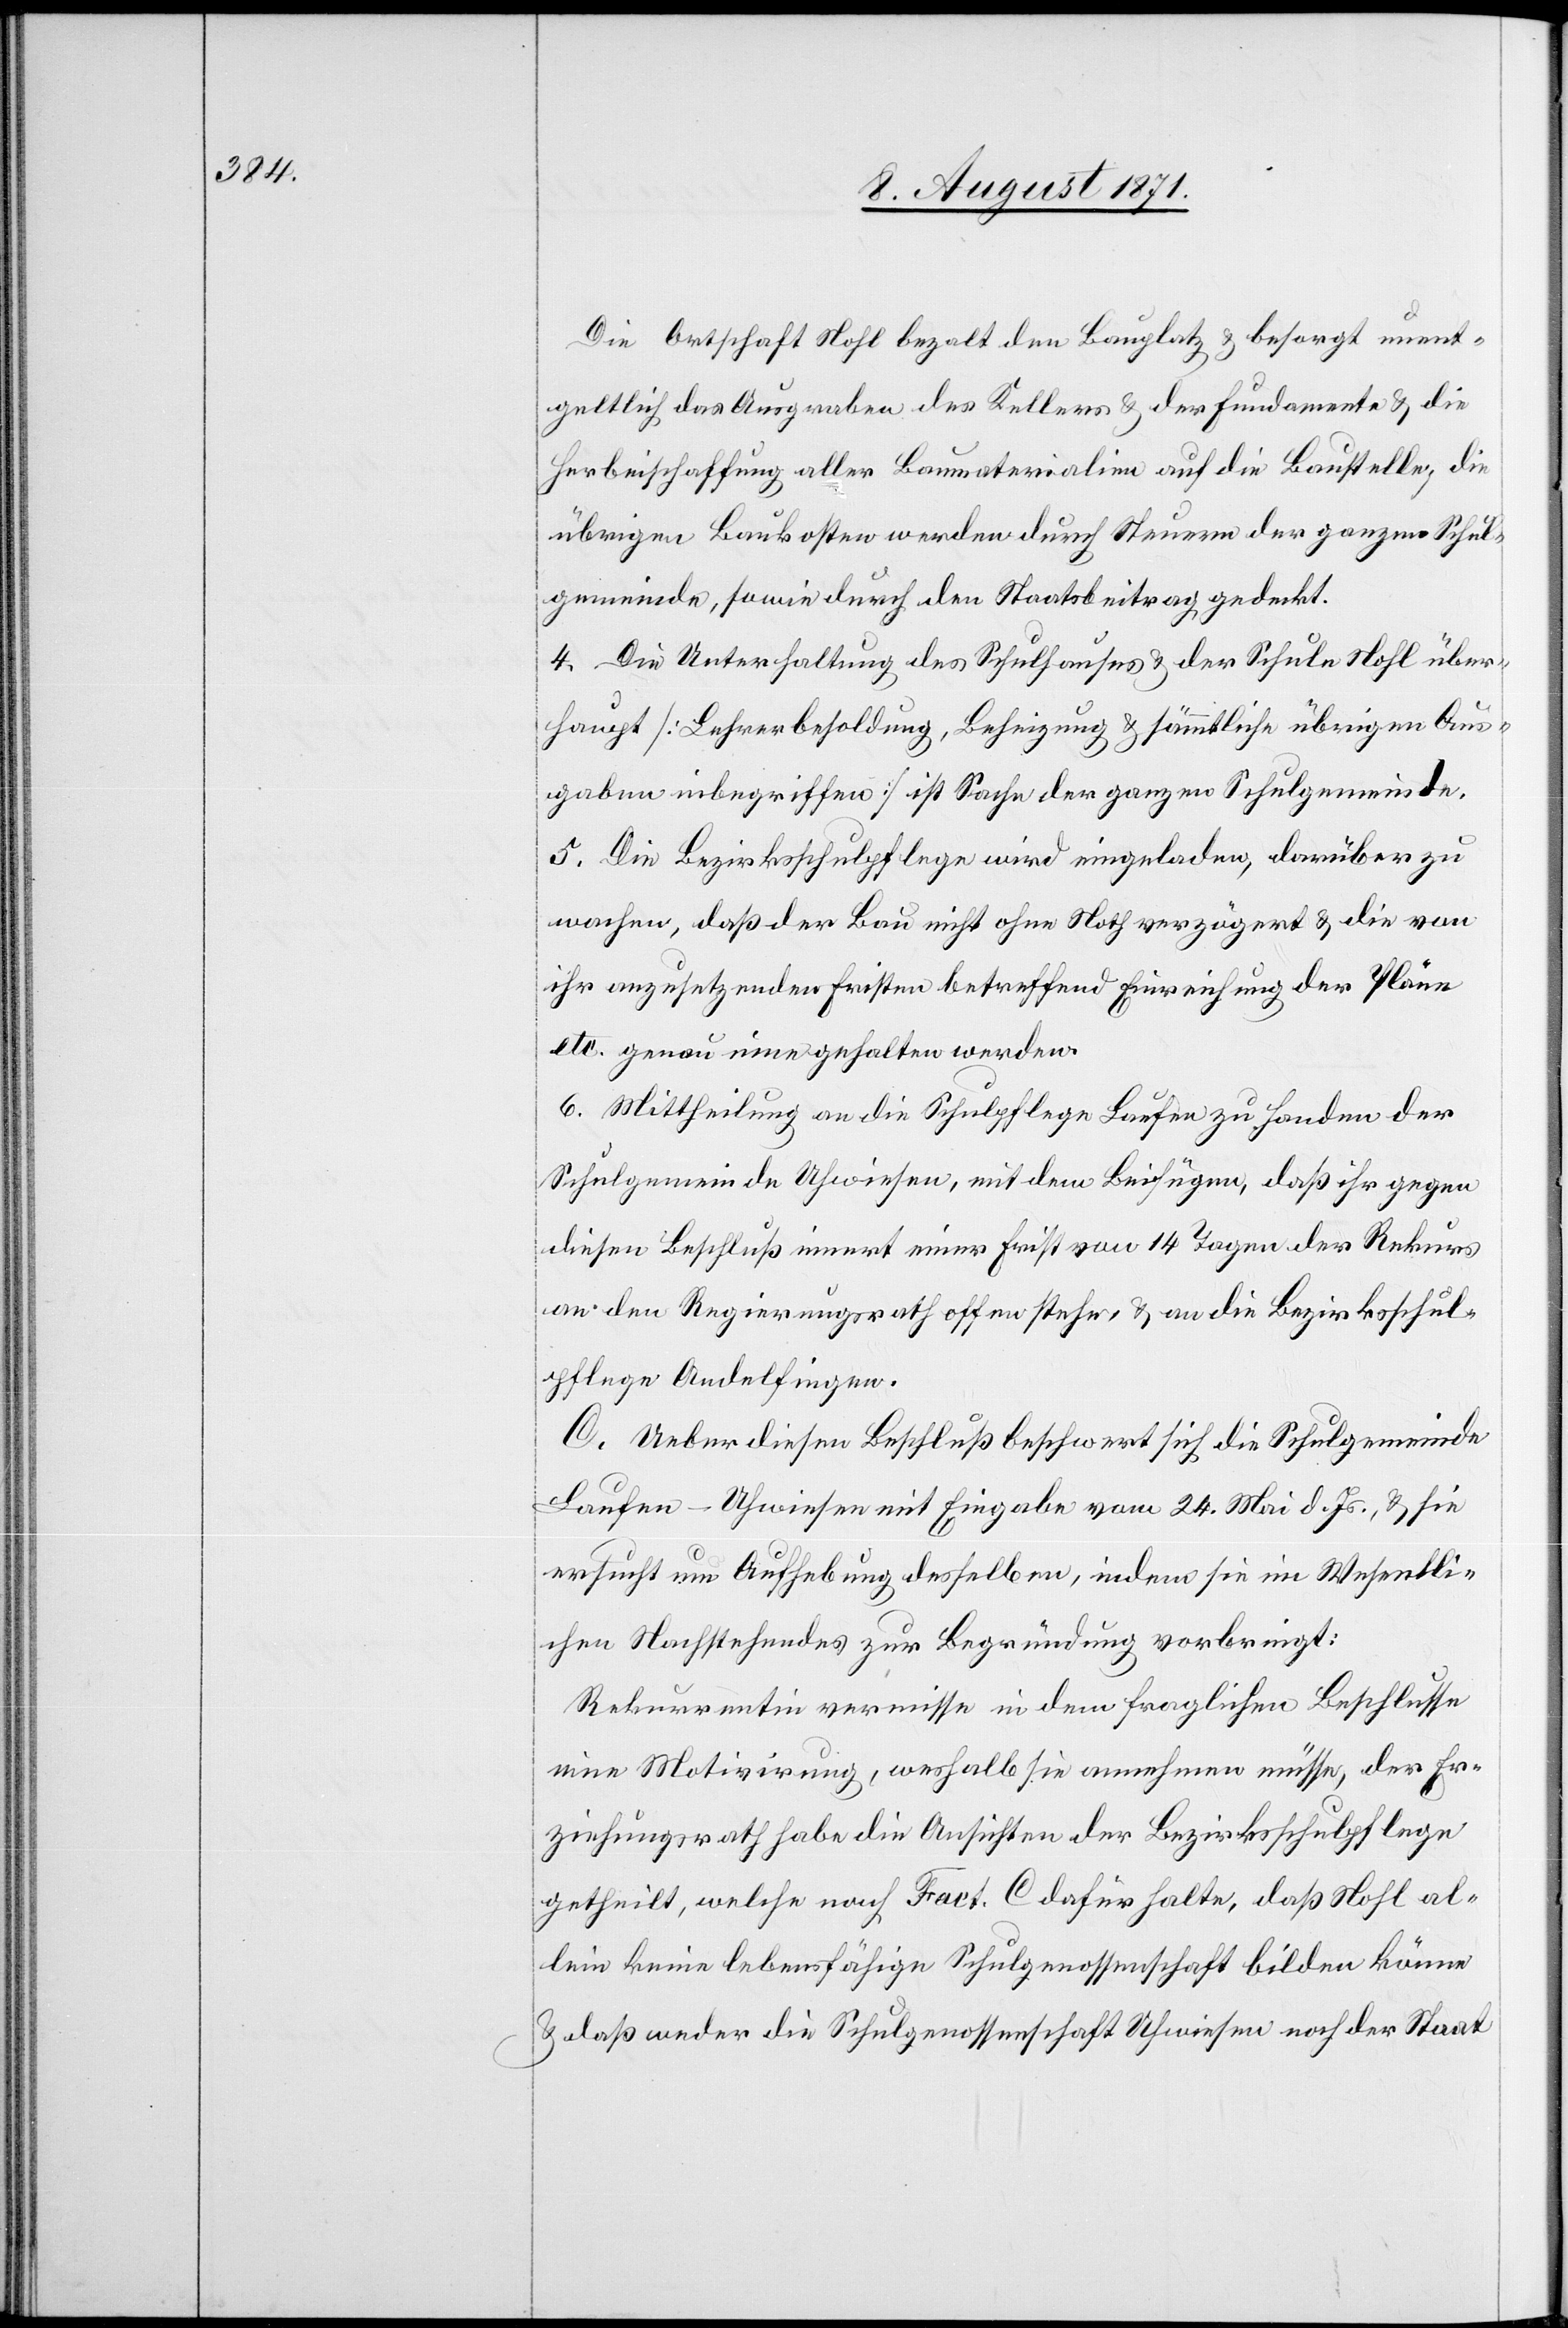
Die Ortschaft Nohl bezalt den Bauplatz & besorgt unent¬
geltlich das Ausgraben des Kellers & der Fundamente & die
Herbeischaffung aller Baumaterialien auf die Baustelle, die
übrigen Baukosten werden durch Steuern der ganzen Schul¬
gemeinde, sowie durch den Staatsbeitrag gedeckt.
4. Die Unterhaltung des Schulhauses & der Schule Nohl über¬
haupt [Lehrerbesoldung, Beheizung & sämmtliche übrigen Aus¬
gaben inbegriffen] ist Sache der ganzen Schulgemeinde.
5. Die Bezirksschulpflege wird eingeladen, darüber zu
wachen, daß der Bau nicht ohne Noth verzögert & die von
ihr anzusetzenden Fristen betreffend Einreichung der Pläne
etc. genau inne gehalten werden.
6. Mittheilung an die Schulpflege Laufen zu Handen der
Schulgemeinde Uhwiesen, mit dem Beifügen, daß ihr gegen
diesen Beschluß innert einer Frist von 14 Tagen der Rekurs
an den Regierungsrath offenstehe, & an die Bezirksschul¬
pflege Andelfingen.
C. Ueber diesen Beschluß beschwert sich die Schulgemeinde
Laufen-Uhwiesen mit Eingabe vom 24. Mai d. Js., & sie
ersucht um Aufhebung desselben, indem sie im Wesentli¬
chen Nachstehendes zur Begründung vorbringt:
Rekurrentin vermisse in dem fraglichen Beschlusse
eine Motivirung, weshalb sie annehmen müsse, der Er¬
ziehungsrath habe die Ansichten der Bezirksschulpflege
getheilt, welche nach Fact. C dafür halte, daß Nohl al¬
lein keine lebensfähige Schulgenossenschaft bilden könne
& daß weder die Schulgenossenschaft Uhwiesen noch der Staat